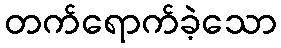
တက်ရောက်ခဲ့သော